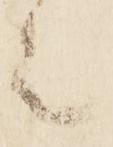
上